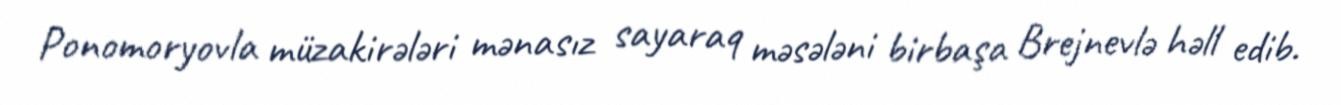
Ponomoryovla müzakirələri mənasız sayaraq məsələni birbaşa Brejnevlə həll edib.